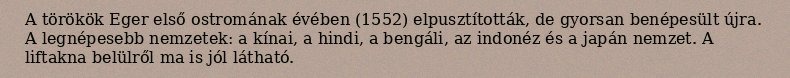
A törökök Eger első ostromának évében (1552) elpusztították, de gyorsan benépesült újra. A legnépesebb nemzetek: a kínai, a hindi, a bengáli, az indonéz és a japán nemzet. A liftakna belülről ma is jól látható.